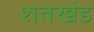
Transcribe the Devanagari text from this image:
शतखंड